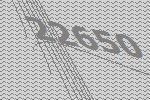
22650